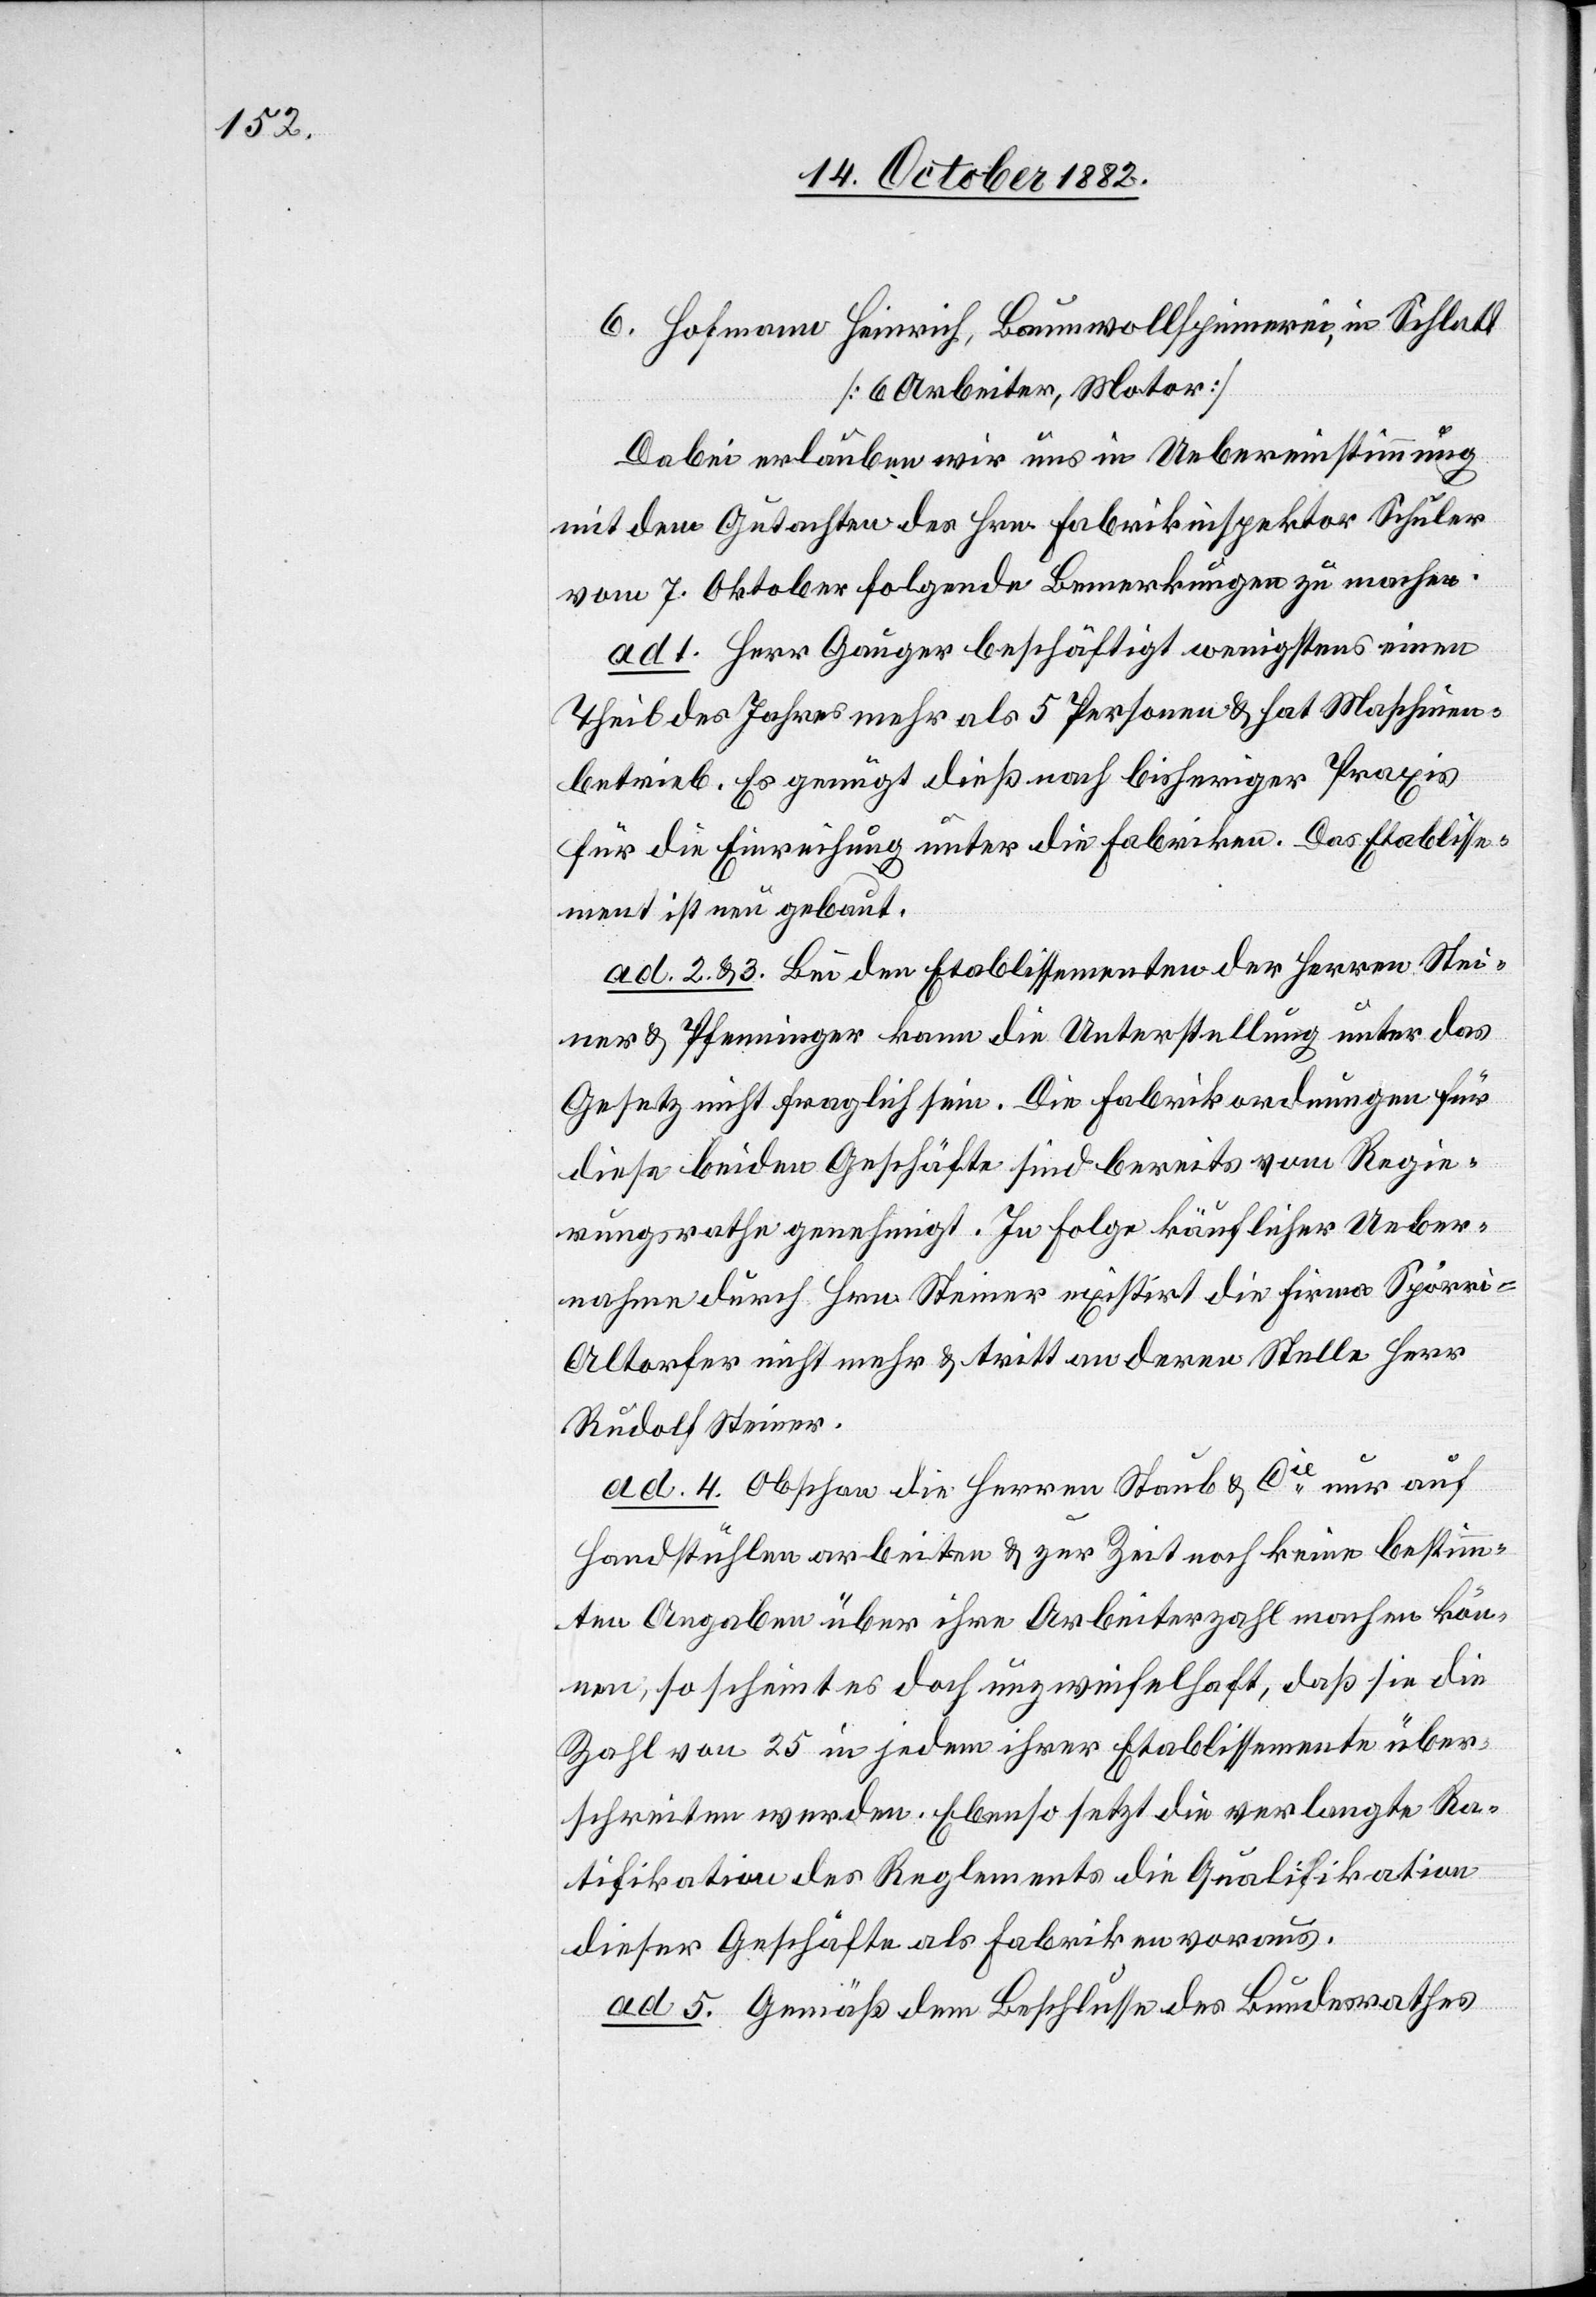
6. Hofmann Heinrich, Baumwollspinnerei, in Schlett
[6 Arbeiter, Motor][.]
Dabei erlauben wir uns in Uebereinstimmung
mit dem Gutachten des Hrn. Fabrikinspektor Schuler
vom 7. Oktober folgende Bemerkungen zu machen.
1. Herr Gauger beschäftigt wenigstens einen
Theil des Jahres mehr als 5 Personen & hat Maschinen¬
betrieb. Es genügt dieß nach bisheriger Praxis
für die Einreichung unter die Fabriken. Das Etablisse¬
ment ist neu gebaut.
ad 2 & 3. Bei den Etablissementen der Herren Stei¬
ner & Pfenninger kann die Unterstellung unter das
Gesetz nicht fraglich sein. Die Fabrikordnungen für
diese beiden Geschäfte sind bereits vom Regie¬
rungsrathe genehmigt. In Folge käuflicher Ueber¬
nahme durch Hrn. Steiner existirt die Firma Spörri-A¬
ltorfer nicht mehr & tritt an deren Stelle Herr
Rudolf Steiner.
ad 4. Obschon die Herren Staub & Cie nur auf
Handstühlen arbeiten & zur Zeit noch keine bestimm¬
ten Angaben über ihre Arbeiterzahl machen kön¬
nen, so scheint es doch unzweifelhaft, daß sie die
Zahl von 25 in jedem ihrer Etablissemente über¬
schreiten werden. Ebenso setzt die verlangte Ra¬
tifikation des Reglements die Qualifikation
dieser Geschäfte als Fabriken voraus.
ad 5. Gemäß dem Beschlusse des Bundesrathes